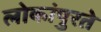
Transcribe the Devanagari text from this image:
लोकांपुरते